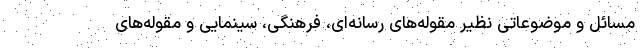
مسائل و موضوعاتی نظیر مقوله‌های رسانه‌ای، فرهنگی، سینمایی و مقوله‌های